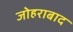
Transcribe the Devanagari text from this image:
जोहराबाद